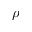
\rho